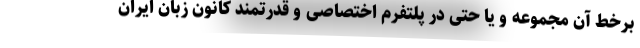
برخط آن مجموعه و یا حتی در پلتفرم اختصاصی و قدرتمند کانون زبان ایران